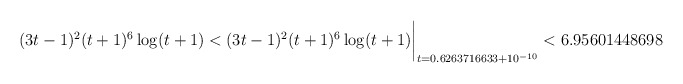
\begin{align*}(3t-1)^2(t+1)^6\log(t+1) < (3t-1)^2(t+1)^6\log(t+1)\biggr\rvert_{t=0.6263716633 + 10^{-10}}< 6.95601448698\end{align*}